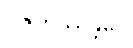
ပဇဟိဿန္တိပေ